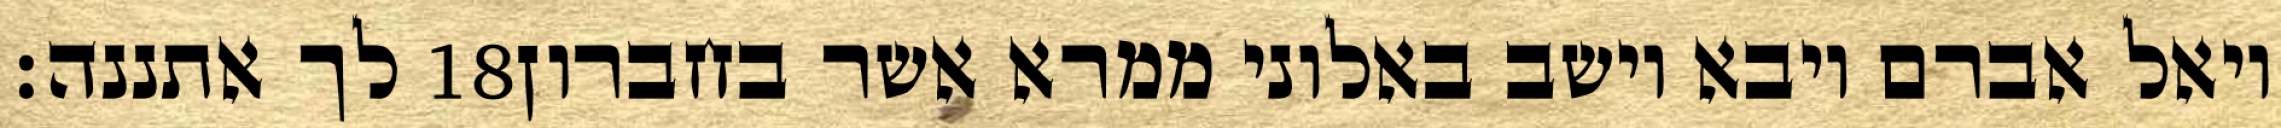
לך אתננה׃ ‎18‏ ויאל אברם ויבא וישב באלוני ממרא אשר בחברון